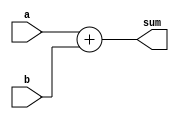
module continuous_assignment_example (
    input wire [3:0] a,       // 4-bit input signal a
    input wire [3:0] b,       // 4-bit input signal b
    output wire [4:0] sum     // 5-bit output signal for sum
);

// Continuous assignment to calculate the sum of a and b
assign sum = a + b;          // The sum is continuously assigned

endmodule